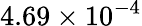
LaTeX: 4.69\times 10^{-4}